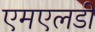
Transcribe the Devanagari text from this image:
एमएलडी